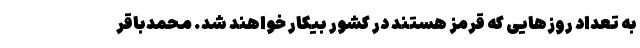
به تعداد روزهایی که قرمز هستند در کشور بیکار خواهند شد. محمدباقر